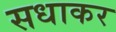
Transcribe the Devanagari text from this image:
सधाकर